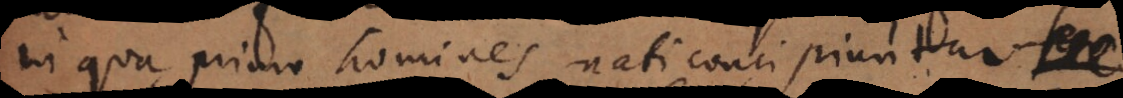
in qua primo homines nati concipiuntur